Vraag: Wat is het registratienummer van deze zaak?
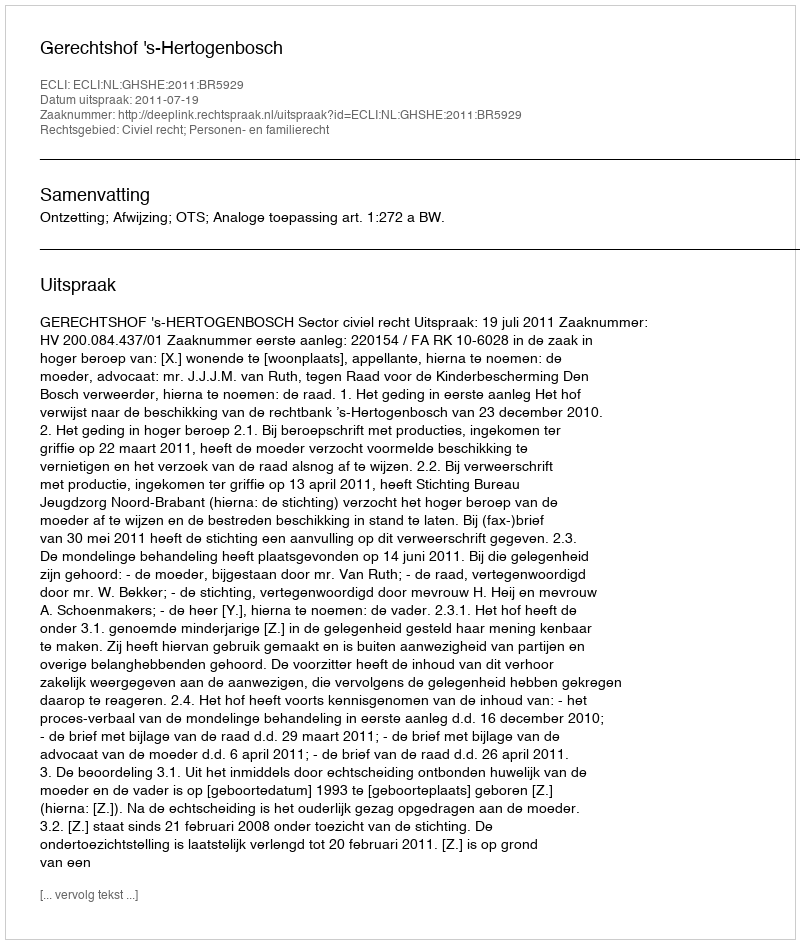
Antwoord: http://deeplink.rechtspraak.nl/uitspraak?id=ECLI:NL:GHSHE:2011:BR5929